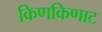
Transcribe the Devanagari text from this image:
किणकिणाट